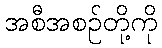
အစီအစဉ်တို့ကို